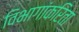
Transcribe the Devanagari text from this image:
विभागांकरिता